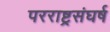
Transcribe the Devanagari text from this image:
परराष्ट्रसंघर्ष